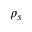
\rho _ { s }